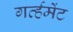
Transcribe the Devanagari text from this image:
गर्व्हमेंट